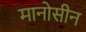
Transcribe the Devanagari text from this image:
मानोसीन